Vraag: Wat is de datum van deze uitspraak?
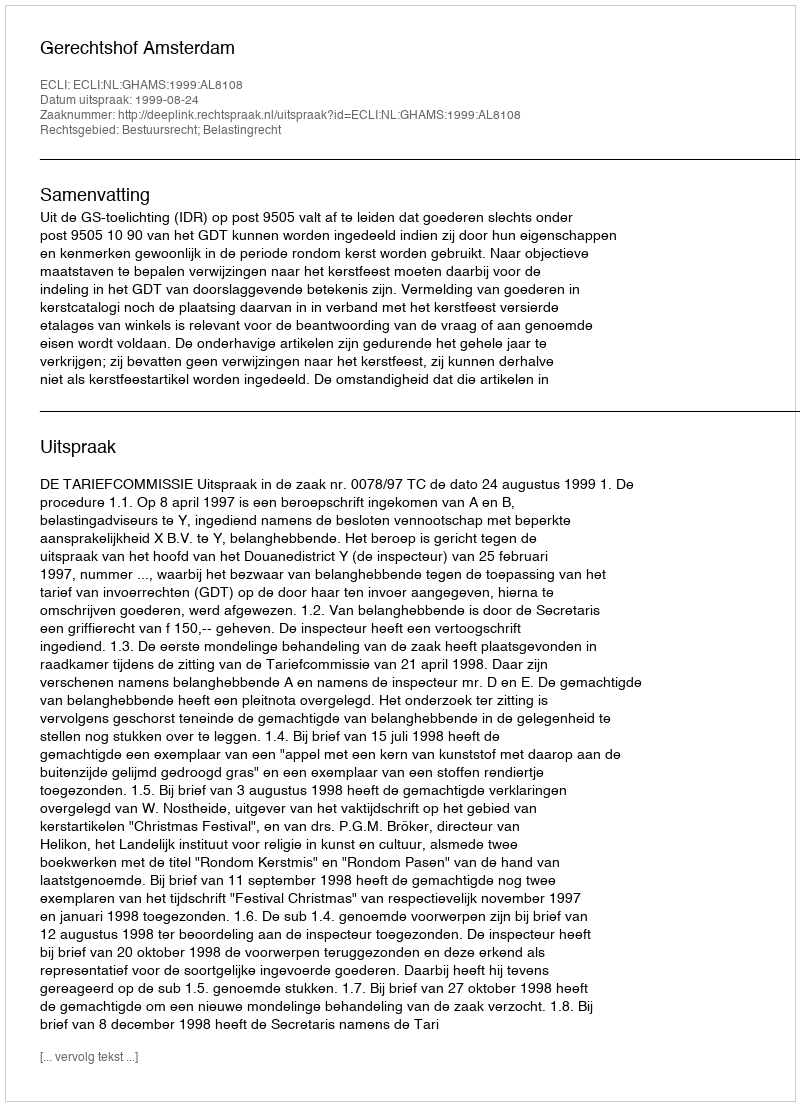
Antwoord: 1999-08-24